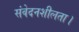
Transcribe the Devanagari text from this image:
संवेदनशीलता।